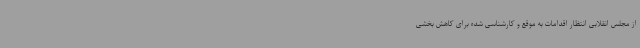
از مجلس انقلابی انتظار اقدامات به موقع و کارشناسی شده برای کاهش بخشی